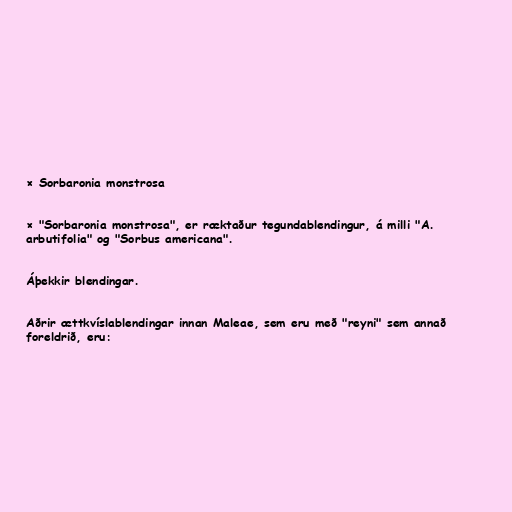
× Sorbaronia monstrosa

× "Sorbaronia monstrosa", er ræktaður tegundablendingur, á milli "A.
arbutifolia" og "Sorbus americana".

Áþekkir blendingar.

Aðrir ættkvíslablendingar innan Maleae, sem eru með "reyni" sem annað
foreldrið, eru: